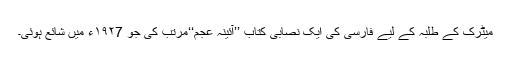
میٹرک کے طلبہ کے لیے فارسی کی ایک نصابی کتاب ’’آئینہ عجم‘‘مرتب کی جو ١٩٢7ء میں شائع ہوئی۔